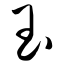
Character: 玉